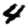
Digit: 4